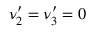
\nu _ { 2 } ^ { \prime } = \nu _ { 3 } ^ { \prime } = 0